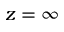
z = \infty